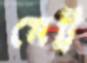
মেট্র